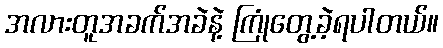
အလားတူအခက်အခဲနဲ့ ကြုံတွေ့ခဲ့ရပါတယ်။